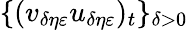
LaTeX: \{ (v_{\delta\eta\varepsilon}u_{\delta\eta\varepsilon})_{t}\} _{\delta>0}